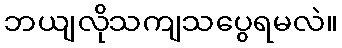
ဘယျလိုသကျသပွေရမလဲ။